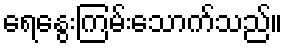
ရေနွေးကြမ်းသောက်သည်။